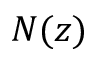
N ( z )